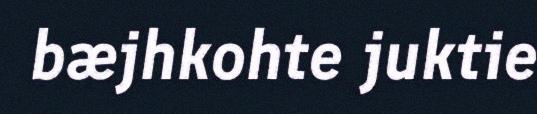
bæjhkohte juktie